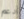
أدعم